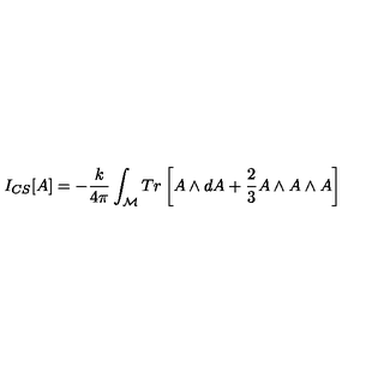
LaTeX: I _ { C S } [ A ] = - \frac { k } { 4 \pi } \int _ { \mathcal { M } } T r \left[ A \wedge d A + \frac { 2 } { 3 } A \wedge A \wedge A \right]